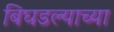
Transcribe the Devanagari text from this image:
बिघडल्याच्या